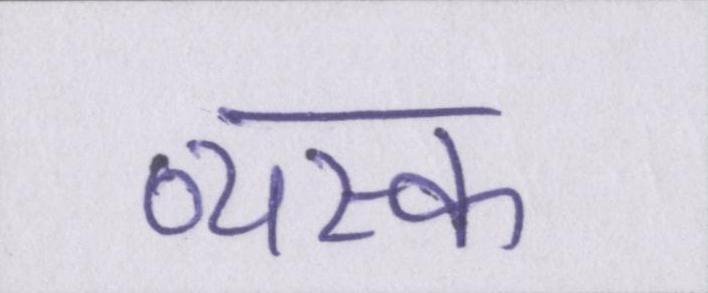
व्यस्क